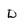
Character: D